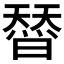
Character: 𭧣